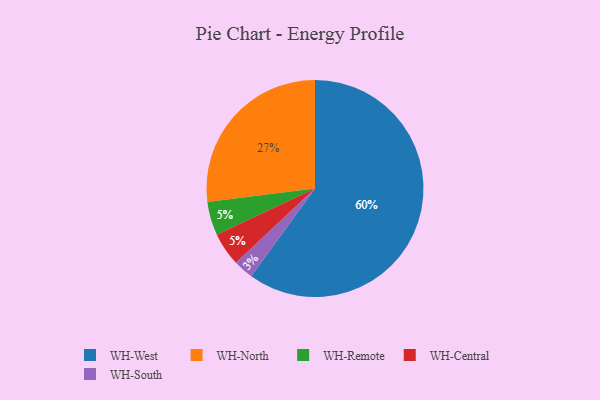
{"axis": {"x": "Category", "y": "Percentage"}, "legend": ["WH-Central", "WH-North", "WH-Remote", "WH-South", "WH-West"], "data": [{"x": "WH-Remote", "y": 5, "type": "WH-Remote"}, {"x": "WH-South", "y": 3, "type": "WH-South"}, {"x": "WH-West", "y": 60, "type": "WH-West"}, {"x": "WH-North", "y": 27, "type": "WH-North"}, {"x": "WH-Central", "y": 5, "type": "WH-Central"}]}